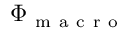
\Phi _ { \mathrm { ~ m ~ a ~ c ~ r ~ o ~ } }